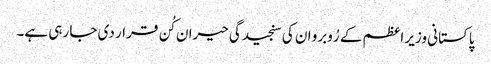
پاکستانی وزیر اعظم کے رُوبرو ان کی سنجیدگی حیران کُن قرار دی جا رہی ہے۔